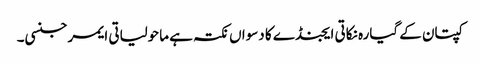
کپتان کے گیارہ نکاتی ایجنڈے کا دسواں نکتہ ہے ماحولیاتی ایمرجنسی۔